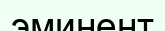
эминент